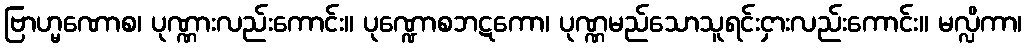
ဗြာဟ္မဏောစ၊ ပုဏ္ဏားလည်းကောင်း။ ပုဏ္ဍောစဘဋကော၊ ပုဏ္ဏမည်သောသူရင်းငှားလည်းကောင်း။ မလ္လိကာ၊